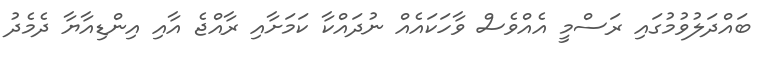
ބައްދަލުވުމުގައި ރަސްމީ އެއްވެސް ވާހަކައެއް ނުދައްކާ ކަމަށާއި ރާއްޖެ އާއި އިންޑިއާޔާ ދެމެދު